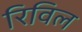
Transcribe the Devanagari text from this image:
रिविल